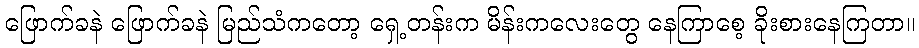
ဖြောက်ခနဲ ဖြောက်ခနဲ မြည်သံကတော့ ရှေ့တန်းက မိန်းကလေးတွေ နေကြာစေ့ ခိုးစားနေကြတာ။